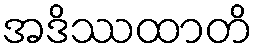
အဒိဿထာတိ